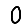
Digit: 0